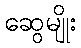
ဆွေမျိုး